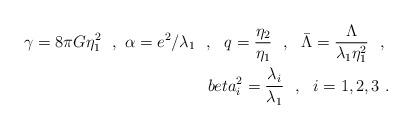
LaTeX: \begin{align*}\gamma=8\pi G\eta_1^2 \ \ , \ \alpha=e^2/\lambda_1 \ \ , \ \ q=\frac{\eta_2}{\eta_1} \ \ , \ \ {\bar\Lambda}=\frac\Lambda{\lambda_1\eta_1^2} \ \ , \ \\beta_i^2=\frac{\lambda_i}{\lambda_1} \ \ , \ \ i=1,2,3 \ .\end{align*}